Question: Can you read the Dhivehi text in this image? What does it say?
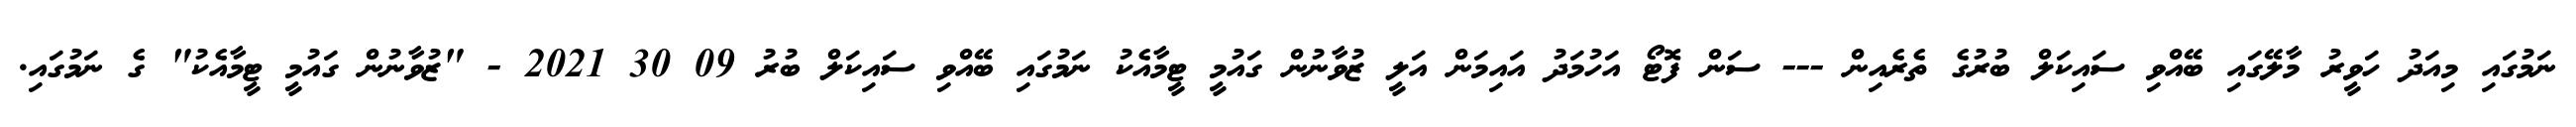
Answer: ނަމުގައި މިއަދު ހަވީރު މާލޭގައި ބޭއްވި ސައިކަލް ބުރުގެ ތެރެއިން --- ސަން ފޮޓޯ އަހުމަދު އައިމަން އަލީ ޒުވާނުން ގައުމީ ޓީމާއެކު ނަމުގައި ބޭއްވި ސައިކަލް ބުރު 09 30 2021 - "ޒުވާނުން ގައުމީ ޓީމާއެކު" ގެ ނަމުގައި.